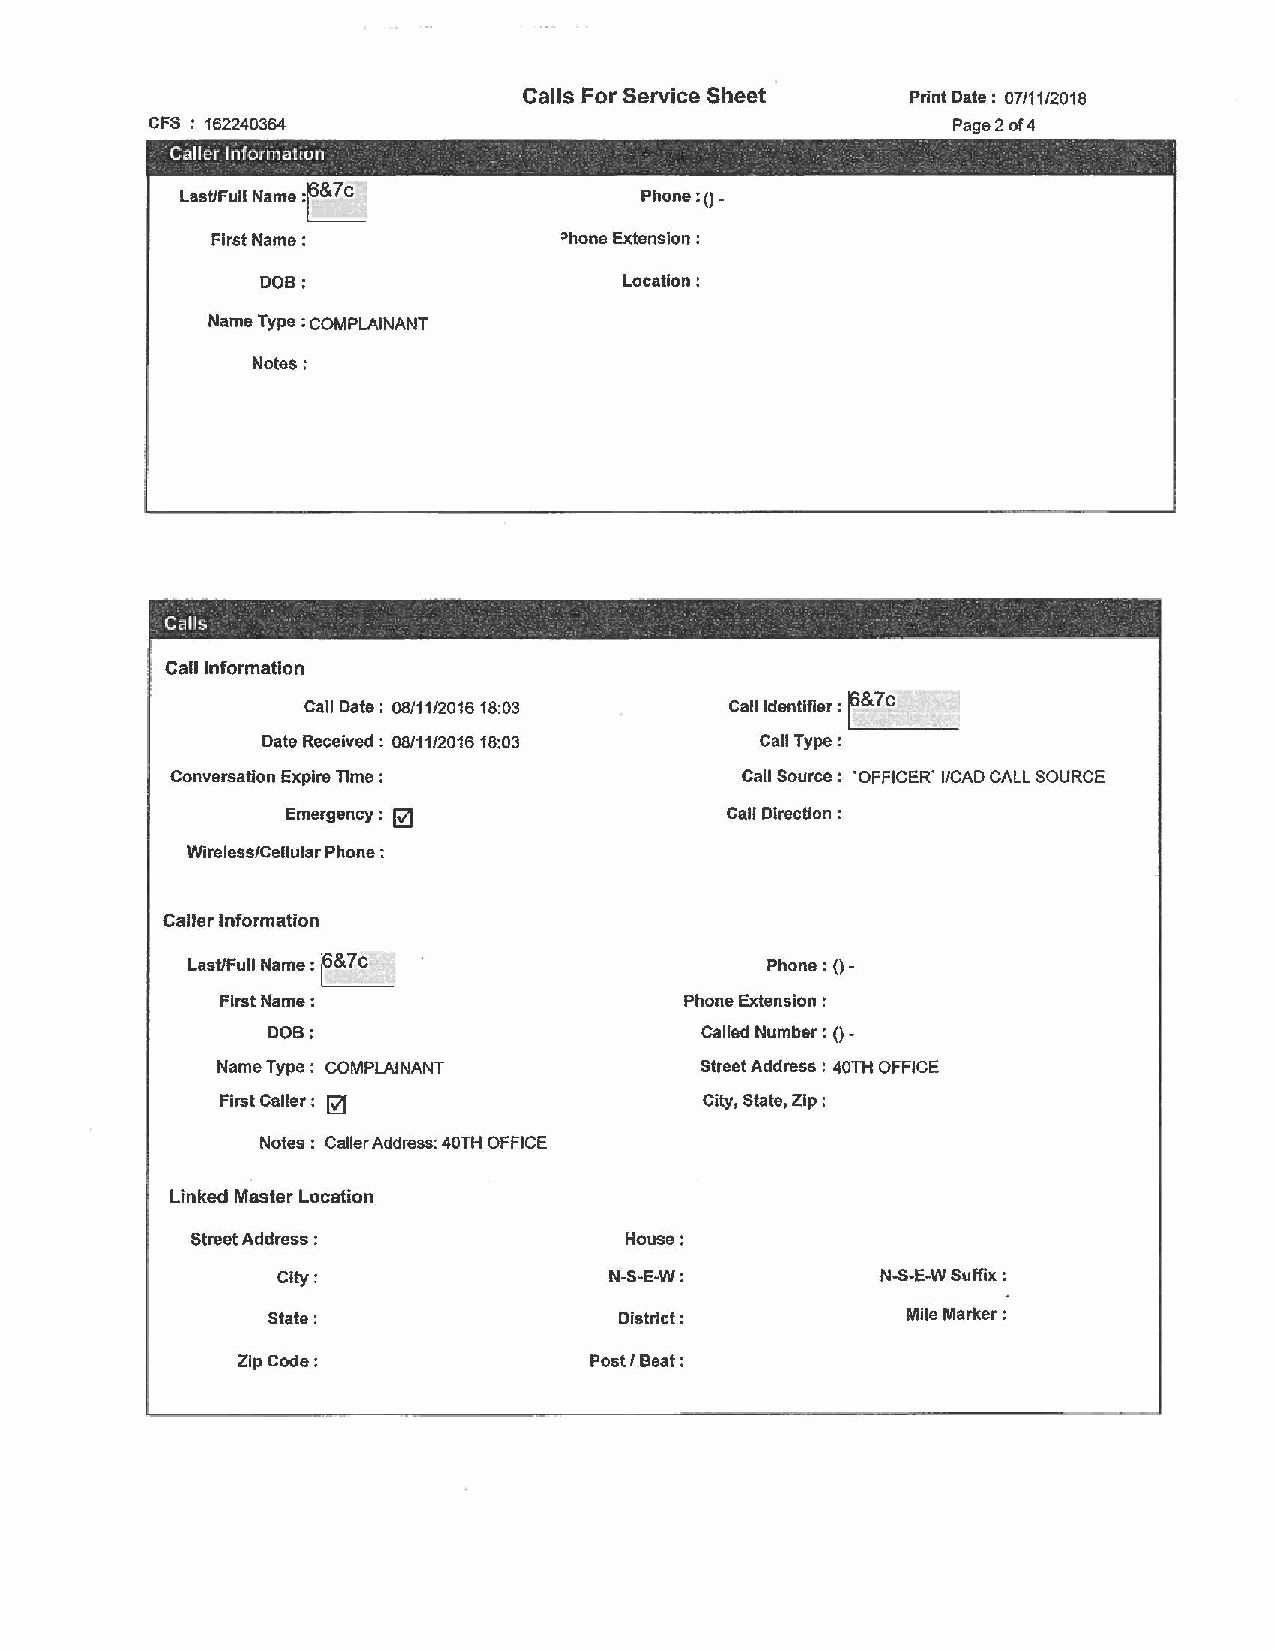
Calls For Service Sheet  Print Date : 07/11/2018
 CFS : 162240364                                      Page 2 of4
 Calle~ l~form;tmn        -         -     -        ·              - -,
 .                                            '
 -        -          - -
 Last/Full Name :f&7c          Phone:()
 First Name:            :>hone Extension:
 DOB:                    Location:
 Name Type : COMPLAINANT
 Notes:
 Calls                                          -
 Call Information
 Call Date: 08/11/201618:03  Call Identifier : r~&-7_c_ __
 Date Received: 08/11/201618:03   Call Type:
 Conversation Expire Time :            Call Source : 'OFFICER' I/CAD CALL SOURCE
 Emergency : @                Call Direction :
 Wlreless!Cellular Phone ;
 Caller Information
 r&
 Last/Full Name : 7 C                   Phone:()-
 First Name:                   Phone Extension :
 DOB:                        called Number:()-
 Name Type : COMPLAINANT         street Address : 40TH OFFICE
 First Caller : @                City, State, Zip :
 Notes : Caller Address: 40TH OFFICE
 Linked Master Location
 Street Address :            House:
 City:                 N-S-E-W:          N.S-E-W Suffix :
 State:                 District:          Mlle Marker :
 Zip Code:              Post/ Beat: